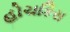
હોચકિસ